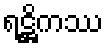
ရဋ္ဌိကဿ